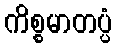
ကိစ္စမာတပ္ပံ